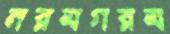
নরমগরম